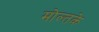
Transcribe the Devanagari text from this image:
मोल्तके